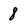
Character: 8